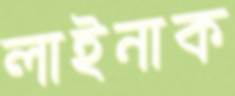
লাইনাক